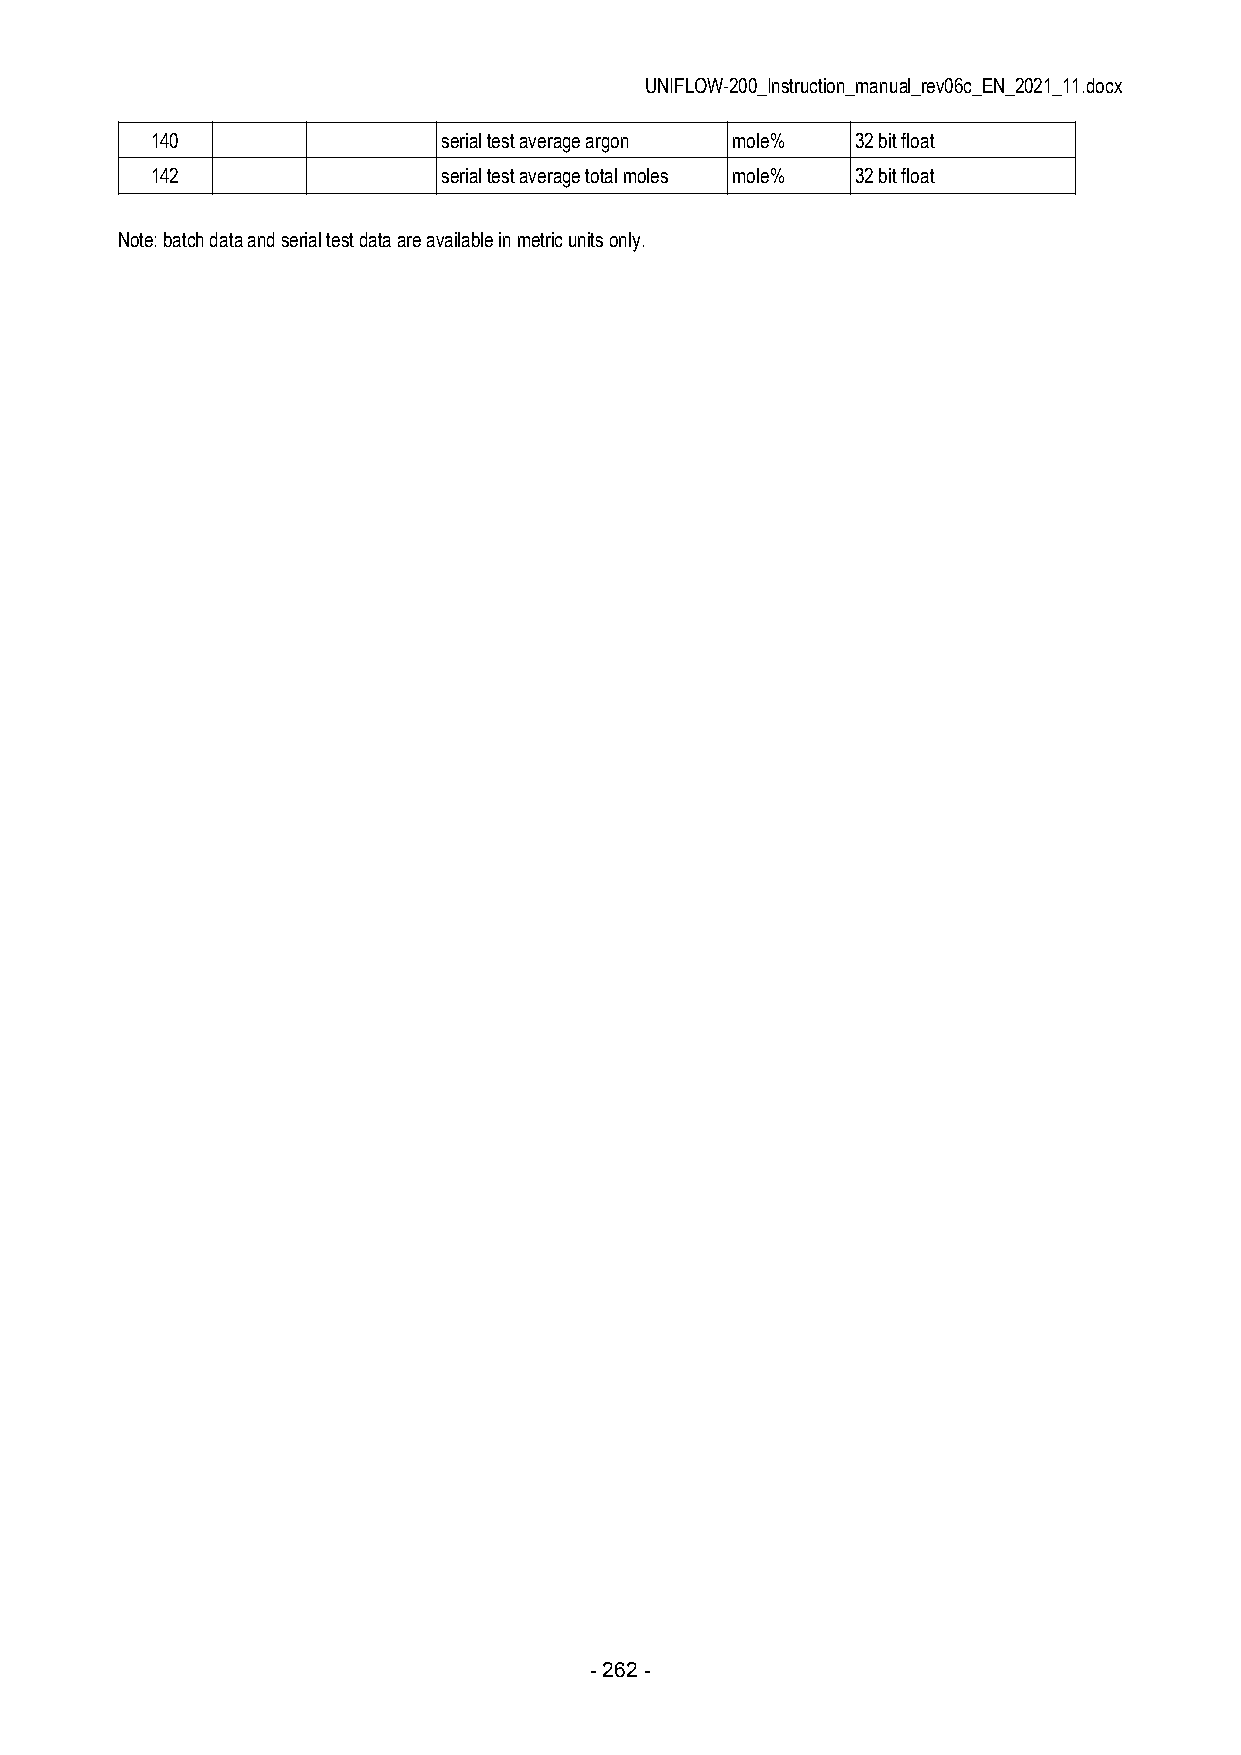
UNIFLOW-200_Instruction_manual_rev06c_EN_2021_11.docx
 140                serial test average argon mole% 32 bit float
 142                serial test average total moles mole% 32 bit float
 Note: batch data and serial test data are available in metric units only.
 - 262 -